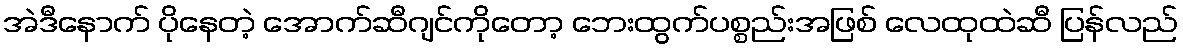
အဲဒီနောက် ပိုနေတဲ့ အောက်ဆီဂျင်ကိုတော့ ဘေးထွက်ပစ္စည်းအဖြစ် လေထုထဲဆီ ပြန်လည်